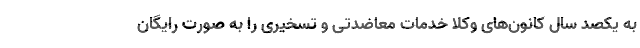
به یکصد سال کانون‌های وکلا خدمات معاضدتی و تسخیری را به صورت رایگان